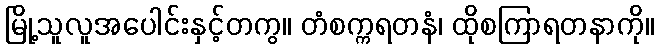
မြို့သူလူအပေါင်းနှင့်တကွ။ တံစက္ကရတနံ၊ ထိုစကြာရတနာကို။